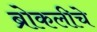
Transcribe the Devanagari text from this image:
ब्रोकलीचे